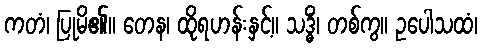
ကတံ၊ ပြုမိ၏။ တေန၊ ထိုရဟန်းနှင့်။ သဒ္ဓိံ၊ တစ်ကွ။ ဥပေါသထံ၊